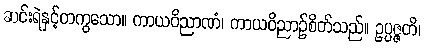
ဆင်းရဲနှင့်တကွသော။ ကာယဝိညာဏံ၊ ကာယဝိညာဉ်စိတ်သည်။ ဥပ္ပဇ္ဇတိ၊